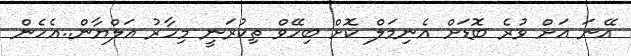
އޭނަ އަށް ވުރެ ބޮޑަށް އެނިމަލް ކޮށް ބިހޭވް ތިކުރަނީ މިހާރު އަލްޔާން..އެހެން